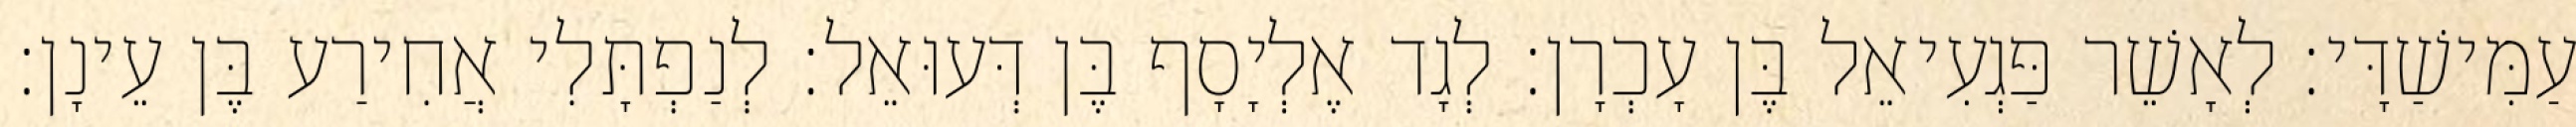
עַמִּישַׁדָּי׃ לְאָשֵׁר פַּגְעִיאֵל בֶּן עָכְרָן׃ לְגָד אֶלְיָסָף בֶּן דְּעוּאֵל׃ לְנַפְתָּלִי אֲחִירַע בֶּן עֵינָן׃